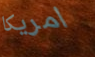
امريكا